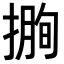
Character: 𢲰